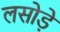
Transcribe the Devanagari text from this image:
लसोडे़